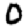
Digit: 0